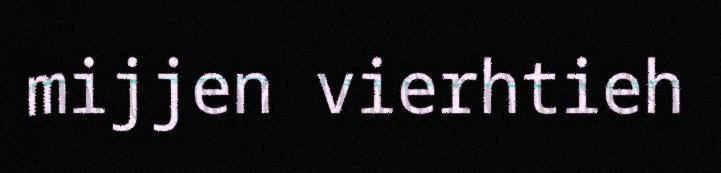
mijjen vierhtieh